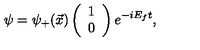
\psi = { \psi } _ { + } ( \vec { x } ) \left( \begin{array} { c } { 1 } \\ { 0 } \\ \end{array} \right) e ^ { - i E _ { f } t } ,